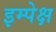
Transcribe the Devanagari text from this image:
इम्पेक्ष